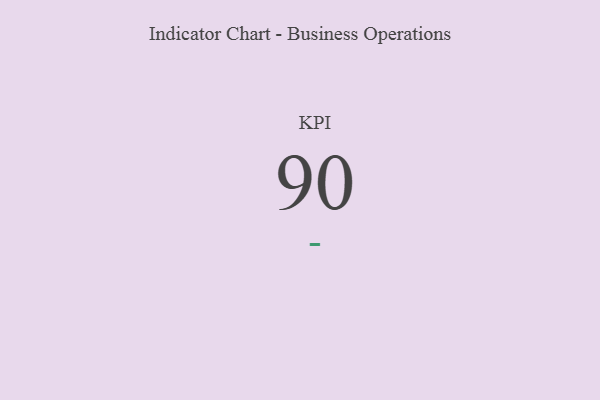
{"axis": {"x": "KPI", "y": "Value"}, "legend": [""], "data": [{"x": "KPI", "y": 90, "type": ""}]}